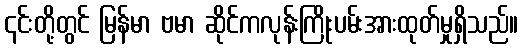
၎င်းတို့တွင် မြန်မာ ဗမာ ဆိုင်ကလုန်းကြိုးပမ်းအားထုတ်မှုရှိသည်။